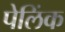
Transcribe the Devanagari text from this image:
पेलिंक